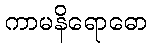
ကာမနိရောဓော